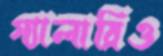
গ্যালারিও